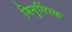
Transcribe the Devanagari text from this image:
मिनुसिंस्क